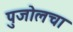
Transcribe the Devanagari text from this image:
पुजोलचा